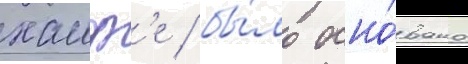
хаиф'е / бы́ло осно́вано